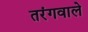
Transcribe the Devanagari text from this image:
तरंगवाले